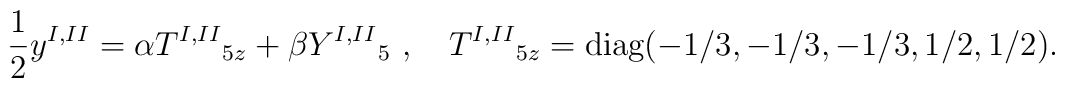
\frac{1}{2}{y^{I,II}}=\alpha {T^{I,II}}_{5z} + \beta {Y^{I,II}}_5\ , \quad{T^{I,II}}_{5z} = \mbox{diag} (-1/3,-1/3,-1/3,1/2,1/2).